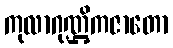
ကုလာဂုဏ္ဌိကဇာတော